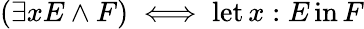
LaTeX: (\exists xE\land F)\iff\operatorname{let}x:E\operatorname{in}F